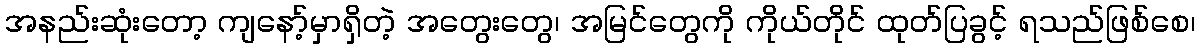
အနည်းဆုံးတော့ ကျနော့်မှာရှိတဲ့ အတွေးတွေ၊ အမြင်တွေကို ကိုယ်တိုင် ထုတ်ပြခွင့် ရသည်ဖြစ်စေ၊